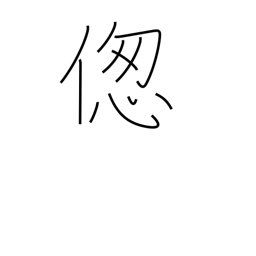
Meaning: suffer